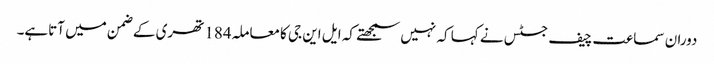
دوران سماعت چیف جسٹس نے کہا کہ نہیں سمجھتے کہ ایل این جی کامعاملہ184تھری کے ضمن میں آتاہے۔